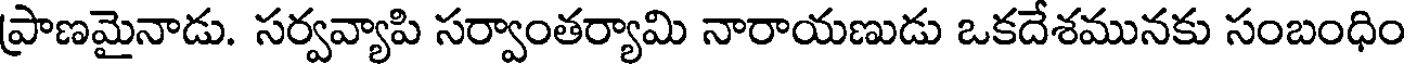
ప్రాణమైనాడు. సర్వవ్యాపి సర్వాంతర్యామి నారాయణుడు ఒకదేశమునకు సంబంధిం